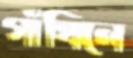
গাঁথিলে